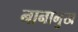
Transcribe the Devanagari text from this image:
नानामुख